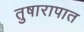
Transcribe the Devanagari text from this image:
तुषारापात